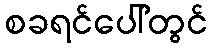
စခရင်ပေါ်တွင်